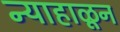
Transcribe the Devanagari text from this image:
न्याहाळून